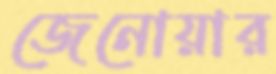
জেনোয়ার